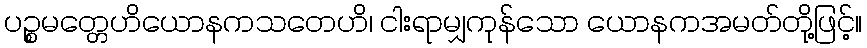
ပဉ္စမတ္တေဟိယောနကသတေဟိ၊ ငါးရာမျှကုန်သော ယောနကအမတ်တို့ဖြင့်။